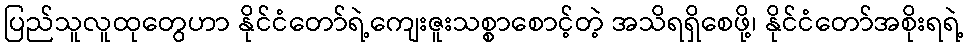
ပြည်သူလူထုတွေဟာ နိုင်ငံတော်ရဲ့ကျေးဇူးသစ္စာစောင့်တဲ့ အသိရရှိစေဖို့၊ နိုင်ငံတော်အစိုးရရဲ့